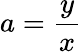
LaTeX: a=\frac{y}{x}